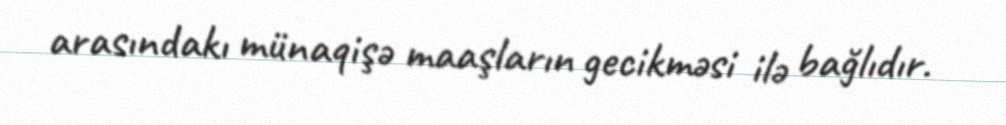
arasındakı münaqişə maaşların gecikməsi ilə bağlıdır.